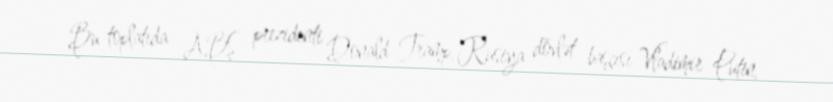
Bu toplatıda ABŞ prezidenti Donald Tramp, Rusiya dövlət başçısı Vladimir Putin,